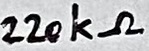
Text: 220kΩ